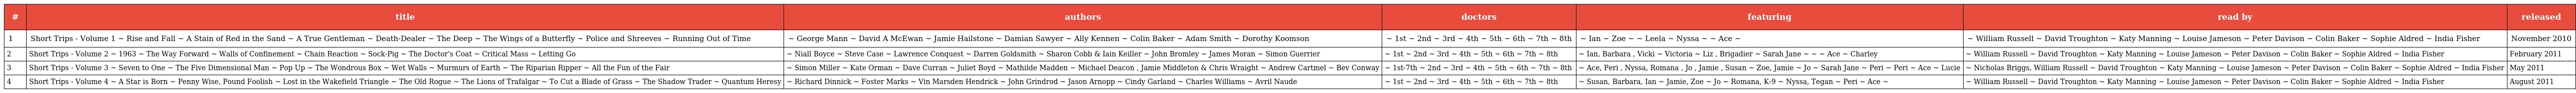
| # | title | authors | doctors | featuring | read by | released |
 | --- | --- | --- | --- | --- | --- | --- |
 | 1 | Short Trips - Volume 1 ~ Rise and Fall ~ A Stain of Red in the Sand ~ A True Gentleman ~ Death-Dealer ~ The Deep ~ The Wings of a Butterfly ~ Police and Shreeves ~ Running Out of Time | ~ George Mann ~ David A McEwan ~ Jamie Hailstone ~ Damian Sawyer ~ Ally Kennen ~ Colin Baker ~ Adam Smith ~ Dorothy Koomson | ~ 1st ~ 2nd ~ 3rd ~ 4th ~ 5th ~ 6th ~ 7th ~ 8th | ~ Ian ~ Zoe ~ ~ Leela ~ Nyssa ~ ~ Ace ~ | ~ William Russell ~ David Troughton ~ Katy Manning ~ Louise Jameson ~ Peter Davison ~ Colin Baker ~ Sophie Aldred ~ India Fisher | November 2010 |
 | 2 | Short Trips - Volume 2 ~ 1963 ~ The Way Forward ~ Walls of Confinement ~ Chain Reaction ~ Sock-Pig ~ The Doctor's Coat ~ Critical Mass ~ Letting Go | ~ Niall Boyce ~ Steve Case ~ Lawrence Conquest ~ Darren Goldsmith ~ Sharon Cobb & Iain Keiller ~ John Bromley ~ James Moran ~ Simon Guerrier | ~ 1st ~ 2nd ~ 3rd ~ 4th ~ 5th ~ 6th ~ 7th ~ 8th | ~ Ian, Barbara , Vicki ~ Victoria ~ Liz , Brigadier ~ Sarah Jane ~ ~ ~ Ace ~ Charley | ~ William Russell ~ David Troughton ~ Katy Manning ~ Louise Jameson ~ Peter Davison ~ Colin Baker ~ Sophie Aldred ~ India Fisher | February 2011 |
 | 3 | Short Trips - Volume 3 ~ Seven to One ~ The Five Dimensional Man ~ Pop Up ~ The Wondrous Box ~ Wet Walls ~ Murmurs of Earth ~ The Riparian Ripper ~ All the Fun of the Fair | ~ Simon Miller ~ Kate Orman ~ Dave Curran ~ Juliet Boyd ~ Mathilde Madden ~ Michael Deacon , Jamie Middleton & Chris Wraight ~ Andrew Cartmel ~ Bev Conway | ~ 1st-7th ~ 2nd ~ 3rd ~ 4th ~ 5th ~ 6th ~ 7th ~ 8th | ~ Ace, Peri , Nyssa, Romana , Jo , Jamie , Susan ~ Zoe, Jamie ~ Jo ~ Sarah Jane ~ Peri ~ Peri ~ Ace ~ Lucie | ~ Nicholas Briggs, William Russell ~ David Troughton ~ Katy Manning ~ Louise Jameson ~ Peter Davison ~ Colin Baker ~ Sophie Aldred ~ India Fisher | May 2011 |
 | 4 | Short Trips - Volume 4 ~ A Star is Born ~ Penny Wise, Pound Foolish ~ Lost in the Wakefield Triangle ~ The Old Rogue ~ The Lions of Trafalgar ~ To Cut a Blade of Grass ~ The Shadow Trader ~ Quantum Heresy | ~ Richard Dinnick ~ Foster Marks ~ Vin Marsden Hendrick ~ John Grindrod ~ Jason Arnopp ~ Cindy Garland ~ Charles Williams ~ Avril Naude | ~ 1st ~ 2nd ~ 3rd ~ 4th ~ 5th ~ 6th ~ 7th ~ 8th | ~ Susan, Barbara, Ian ~ Jamie, Zoe ~ Jo ~ Romana, K-9 ~ Nyssa, Tegan ~ Peri ~ Ace ~ | ~ William Russell ~ David Troughton ~ Katy Manning ~ Louise Jameson ~ Peter Davison ~ Colin Baker ~ Sophie Aldred ~ India Fisher | August 2011 |